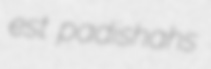
est padishahs